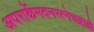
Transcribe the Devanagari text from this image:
अपरार्केमदनरत्नेचब्राह्मे